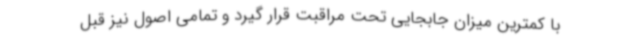
با کمترین میزان جابجایی تحت مراقبت قرار گیرد و تمامی اصول نیز قبل